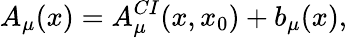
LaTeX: A_{\mu}(x)=A_{\mu}^{CI}(x,x_{0})+b_{\mu}(x),